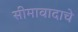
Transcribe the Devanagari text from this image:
सीमावादाचे